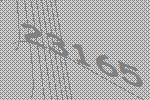
23165